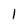
Character: 1